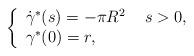
LaTeX: \begin{align*}\left\{\begin{array}{ll}\dot{\gamma}^\ast(s)=-\pi R^2 & \ s>0, \\\gamma^\ast(0)=r, & \end{array}\right. \end{align*}